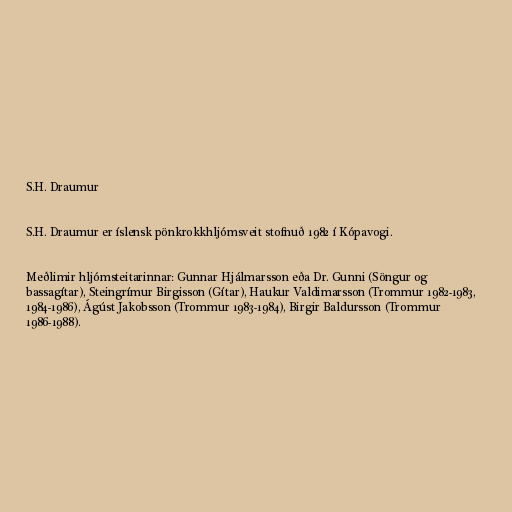
S.H. Draumur

S.H. Draumur er íslensk pönkrokkhljómsveit stofnuð 1982 í Kópavogi.

Meðlimir hljómsteitarinnar: Gunnar Hjálmarsson eða Dr. Gunni (Söngur og
bassagítar), Steingrímur Birgisson (Gítar), Haukur Valdimarsson (Trommur 1982-1983,
1984-1986), Ágúst Jakobsson (Trommur 1983-1984), Birgir Baldursson (Trommur
1986-1988).